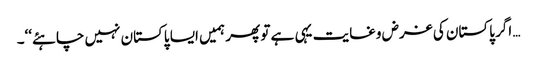
… اگر پاکستان کی غرض وغایت یہی ہے تو پھر ہمیں ایسا پاکستان نہیں چاہئے‘‘۔